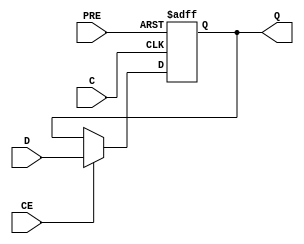
module FDPE_1 (
  output reg Q,
  (* clkbuf_sink *)
  input C,
  input CE,
  input D,
  input PRE
);
  parameter [0:0] INIT = 1'b1;
  initial Q <= INIT;
  always @(negedge C, posedge PRE) if (PRE) Q <= 1'b1; else if (CE) Q <= D;
  specify
    // https://github.com/SymbiFlow/prjxray-db/blob/23c8b0851f979f0799318eaca90174413a46b257/artix7/timings/slicel.sdf#L249
    $setup(D , negedge C &&& CE, /*-46*/ 0); // Negative times not currently supported
    // https://github.com/SymbiFlow/prjxray-db/blob/23c8b0851f979f0799318eaca90174413a46b257/artix7/timings/slicel.sdf#L248
    $setup(CE , negedge C, 109);
    // https://github.com/SymbiFlow/prjxray-db/blob/23c8b0851f979f0799318eaca90174413a46b257/artix7/timings/slicel.sdf#L274
    $setup(PRE, negedge C, 404);
    // https://github.com/SymbiFlow/prjxray-db/blob/23c8b0851f979f0799318eaca90174413a46b257/artix7/timings/slicel.sdf#L270
`ifndef YOSYS
    (posedge PRE => (Q : 1'b1)) = 764;
`else
    if (PRE) (PRE => Q) = 764; // Technically, this should be an edge sensitive path
                               // but for facilitating a bypass box, let's pretend it's
                               // a simple path
`endif
    if (!PRE && CE) (negedge C => (Q : D)) = 303;
  endspecify
endmodule